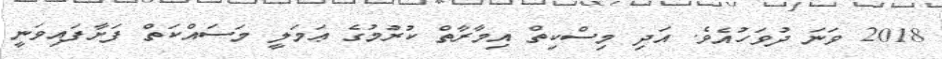
2018 ވަނަ ދުވަހުއެވެ. އަދި މިސްކިތް އިމާރާތް ކުރުމުގެ ޢަމަލީ މަސައްކަތް ފަށާފައިވަނީ